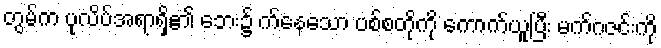
တွမ်က ပုလိပ်အရာရှိ၏ ဘေး၌ က်နေသော ပစ်စတိုကို ကောက်ယူပြီး မက်ဂဇင်းကို